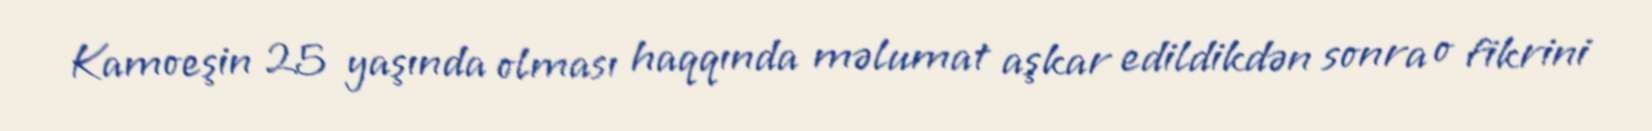
Kamoeşin 25 yaşında olması haqqında məlumat aşkar edildikdən sonra o fikrini